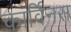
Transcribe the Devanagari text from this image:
कार्विनस